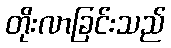
တိုးလာခြင်းသည်